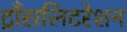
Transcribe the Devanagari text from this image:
ट्राँसलिटरेशन